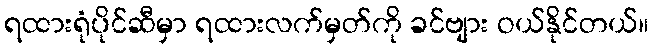
ရထားရုံပိုင်ဆီမှာ ရထားလက်မှတ်ကို ခင်ဗျား ဝယ်နိုင်တယ်။